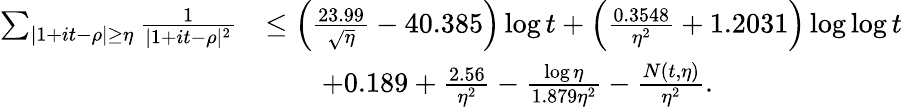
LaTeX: \begin{array}{rl}{\sum_{|1+it-\rho|\ge\eta}\frac{1}{|1+it-\rho|^{2}}}&{\le\left(\frac{23.99}{\sqrt{\eta}}-40.385\right)\log t+\left(\frac{0.3548}{\eta^{2}}+1.2031\right)\log\log t}\\ &{\qquad+0.189+\frac{2.56}{\eta^{2}}-\frac{\log\eta}{1.879\eta^{2}}-\frac{N(t,\eta)}{\eta^{2}}.}\end{array}